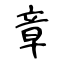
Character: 章